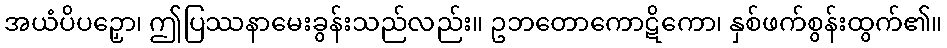
အယံပိပဉှော၊ ဤပြဿနာမေးခွန်းသည်လည်း။ ဥဘတောကောဋိကော၊ နှစ်ဖက်စွန်းထွက်၏။